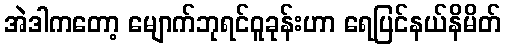
အဲဒါကတော့ မျောက်ဘုရင်ဝူခုန်းဟာ ရေပြင်နယ်နိမိတ်